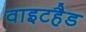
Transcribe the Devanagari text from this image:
वाइटहैड